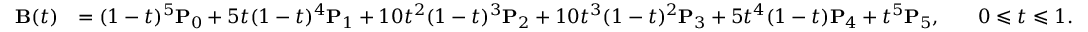
{ \begin{array} { r l r l } { \mathbf { B } ( t ) } & { = ( 1 - t ) ^ { 5 } \mathbf { P } _ { 0 } + 5 t ( 1 - t ) ^ { 4 } \mathbf { P } _ { 1 } + 1 0 t ^ { 2 } ( 1 - t ) ^ { 3 } \mathbf { P } _ { 2 } + 1 0 t ^ { 3 } ( 1 - t ) ^ { 2 } \mathbf { P } _ { 3 } + 5 t ^ { 4 } ( 1 - t ) \mathbf { P } _ { 4 } + t ^ { 5 } \mathbf { P } _ { 5 } , } & & { 0 \leqslant t \leqslant 1 . } \end{array} }